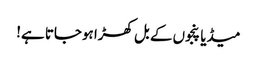
میڈیا پنجوں کے بل کھڑا ہوجاتا ہے!